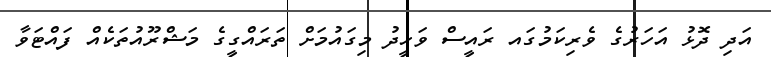
އަދި ދޮޅު އަހަރުގެ ވެރިކަމުގައ ރައީސް ވަހީދު މިގައުމަށް ތަރައްގީގެ މަޝްރޫއުތަކެއް ފައްޓަވާ